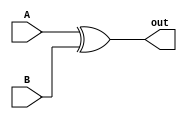
module XOR_Gate_Delay(
    input wire A,
    input wire B,
    output reg out
);

reg delay;

always @ (A or B)
begin
    out = A ^ B; // XOR operation
    #1 delay = out; // introduce a 1 time unit delay
end

endmodule